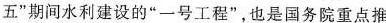
五”期间水利建设的”一号工程”，也是国务院重点推